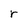
Character: r